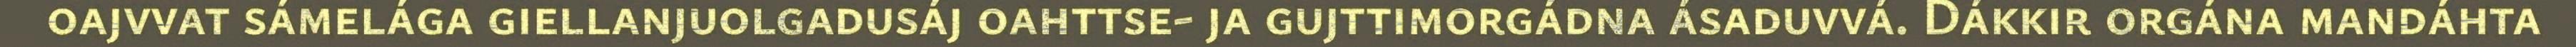
oajvvat sámelága giellanjuolgadusáj oahttse- ja gujttimorgádna ásaduvvá. Dákkir orgána mandáhta